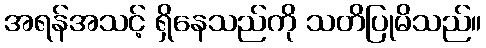
အရန်အသင့် ရှိနေသည်ကို သတိပြုမိသည်။